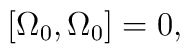
\left[ \Omega _0,\Omega _0\right] =0,